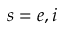
s = e , i